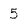
Character: 5